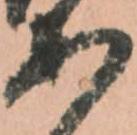
あ